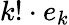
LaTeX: k!\cdot e_{k}